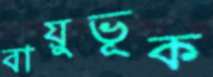
বায়ুভূক